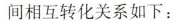
间相互转化关系如下：